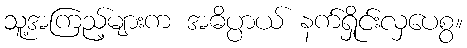
သူ့အကြည့်များက အဓိပ္ပာယ် နက်ရှိုင်းလှပေစွ။